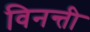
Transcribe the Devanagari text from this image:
विनन्ती